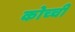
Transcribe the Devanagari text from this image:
कोच्‍ची